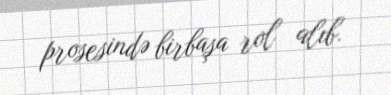
prosesində birbaşa rol alıb.